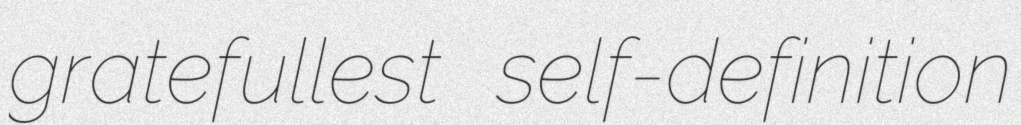
gratefullest self-definition